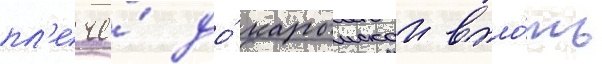
пл'ече́ до́ карымскои впло́ть